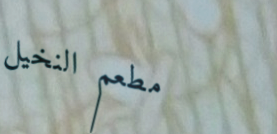
مطعم النخيل